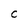
Character: C